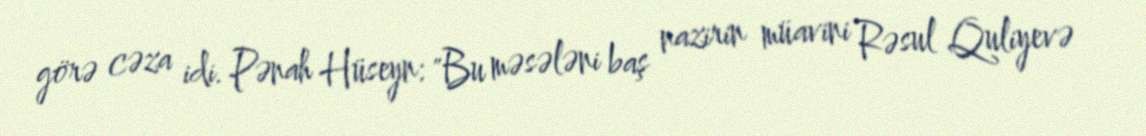
görə cəza idi. Pənah Hüseyn: "Bu məsələni baş nazirin müavini Rəsul Quliyevə